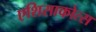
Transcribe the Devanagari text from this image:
एशिसाकोत्स